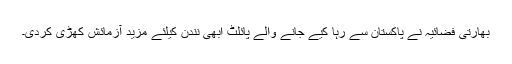
بھارتی فضائیہ نے پاکستان سے رہا کیے جانے والے پائلٹ ابھی نندن کیلئے مزید آزمائش کھڑی کردی۔